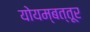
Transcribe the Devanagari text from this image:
योयम्बत्तूर